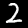
Digit: 2